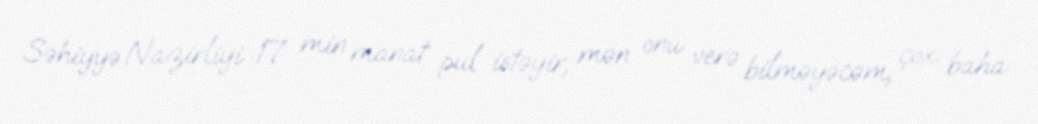
Səhiyyə Nazirliyi 17 min manat pul istəyir, mən onu verə bilməyəcəm, çox baha